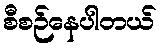
စီစဉ်နေပါတယ်